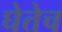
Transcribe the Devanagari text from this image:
घेतेच